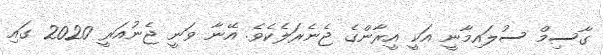
ގާސިމް ސުލައިމާނީ އަކީ އީރާންގެ ޖެނެރަލެކެވެ. އޭނާ ވަނީ ޖެނުއަރީ 2020 ގައި